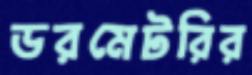
ডরমেটরির